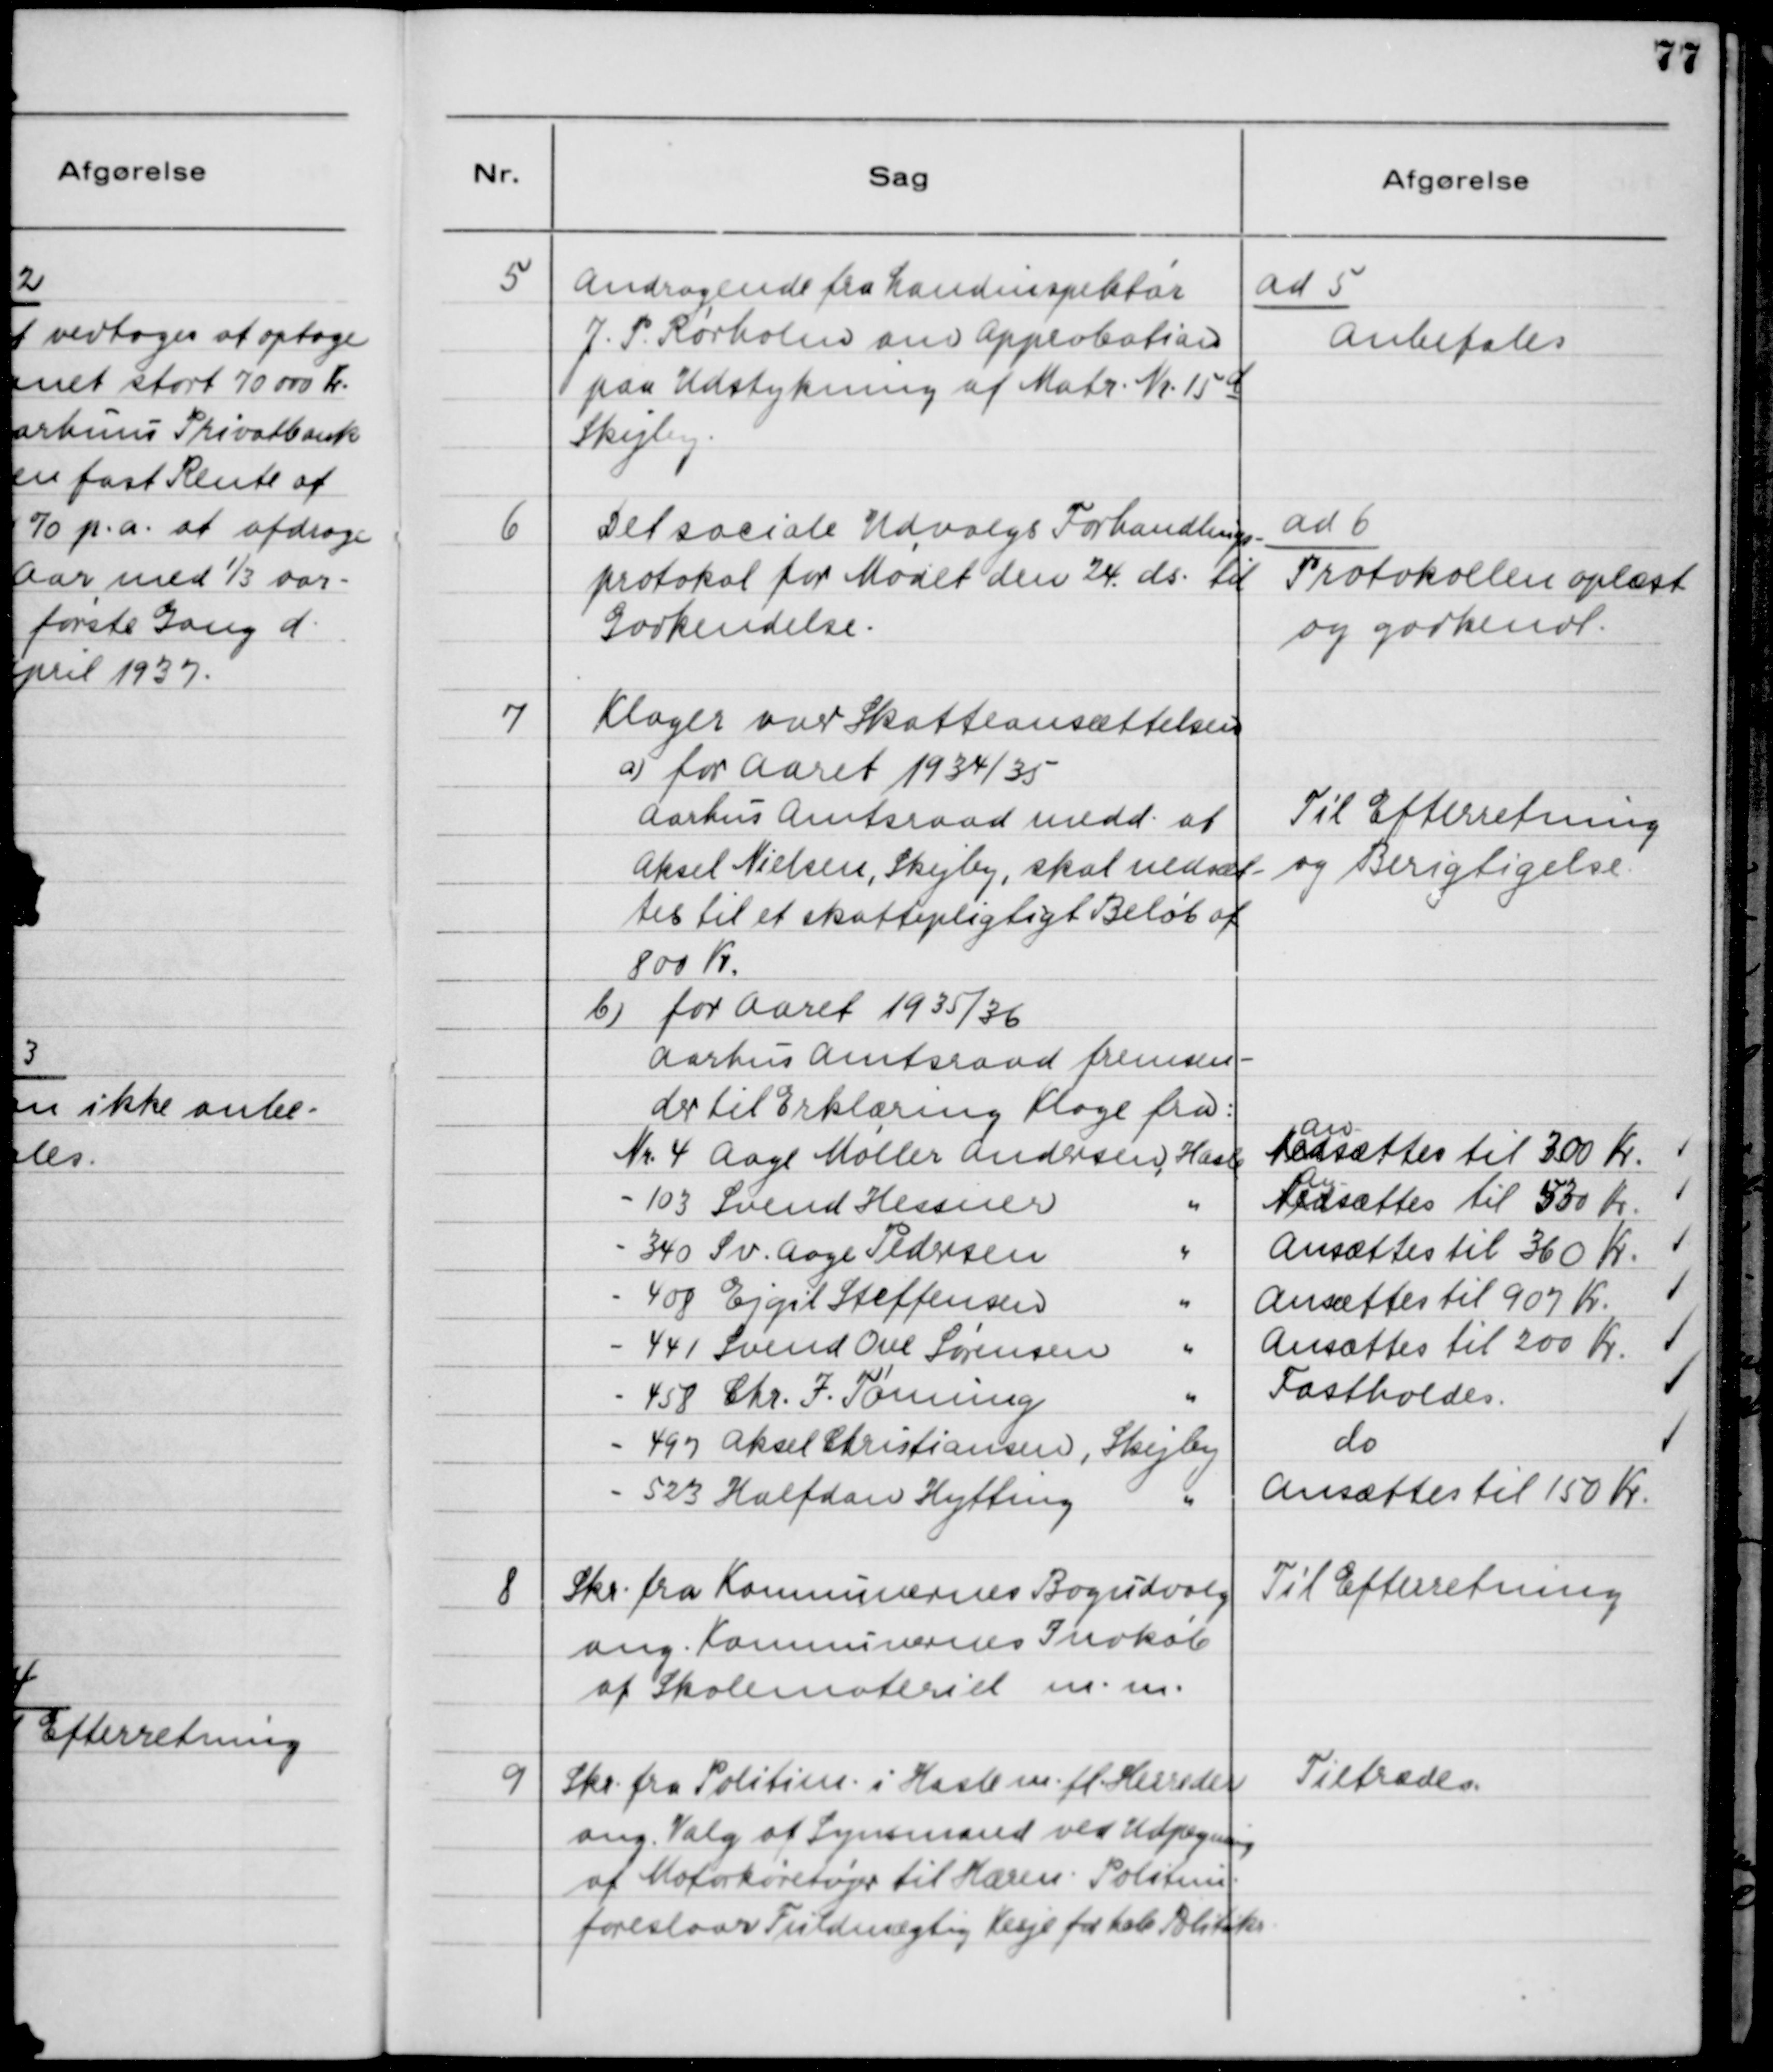
Transskription:
5

Andragende fra Landinspektør
J. P. Rørholm om Approbation
paa Udstykning af Matr. Nr. 15 d
Skejby

ad 5
Anbefales

6

Det sociale Udvalgs Forhandlings-
protokol for Mødet den 24. ds. til
Godkendelse

ad 6
Protokollen oplæst
og godkendt

7

Klager over Skatteansættelsen
a) for Aaret 1934/35
Aarhus Amtsraad medd. at
Aksel Nielsen, Skejby, skal nedsæt-
tes til et skattepligtigt Beløb af
800 Kr.
b) for Aaret 1935/36
Aarhus Amtsraad fremsen-
der til Erklæring Klage fra:

Til Efterretning
og Berigtigelse.

8

Skr. fra kommunernes Bogudvalg
ang. Kommunernes Indkøb
af Skolemateriel m.m.

Til Efterretning

9

Skr. fra Politim. i Hasle m.fl. Herreder
ang. Valg af Synsmand ved Udpegning
af Motorkøretøjer til Hæren. Politim.
foreslaar Fuldmægtig Kesje for kole Politik.

Tiltrædes